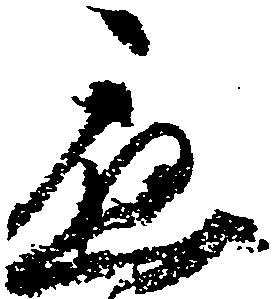
応